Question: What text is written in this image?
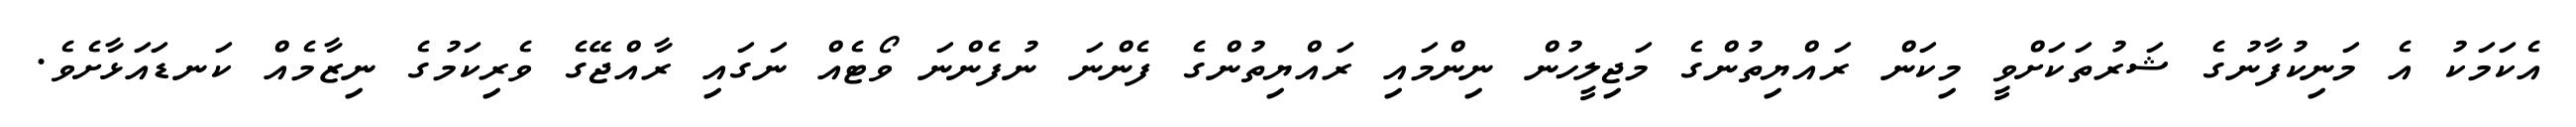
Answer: އެކަމަކު އެ މަނިކުފާނުގެ ޝަރުތަކަށްވީ މިކަން ރައްޔިތުންގެ މަޖިލީހުން ނިންމައި ރައްޔިތުންގެ ފެންނަ ނުފެންނަ ވޯޓެއް ނަގައި ރާއްޖޭގެ ވެރިކަމުގެ ނިޒާމެއް ކަނޑައަޅާށެވެ.